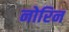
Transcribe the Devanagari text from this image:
नोरिन